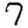
Digit: 7